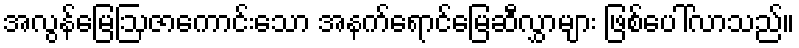
အလွန်မြေဩဇာကောင်းသော အနက်ရောင်မြေဆီလွှာများ ဖြစ်ပေါ်လာသည်။